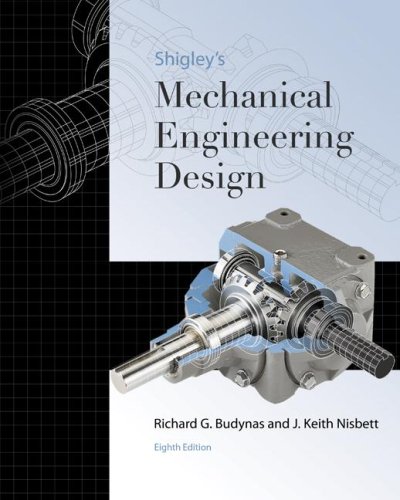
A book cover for Shigley's Mechanical Engineering Design (McGraw-Hill Series in Mechanical Engineering); Richard Budynas; Engineering & Transportation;